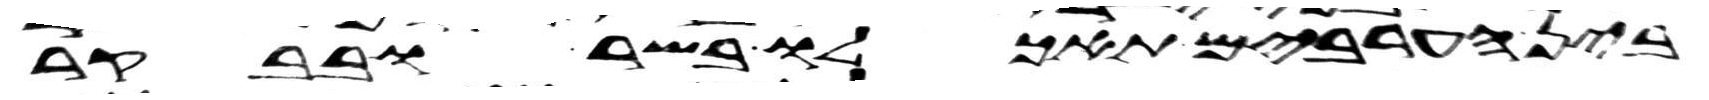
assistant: בין הערבים תאכלו בשר ובבקר